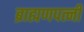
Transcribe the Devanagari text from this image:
ब्राह्मणपत्नी